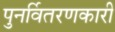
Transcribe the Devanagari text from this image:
पुनर्वितरणकारी